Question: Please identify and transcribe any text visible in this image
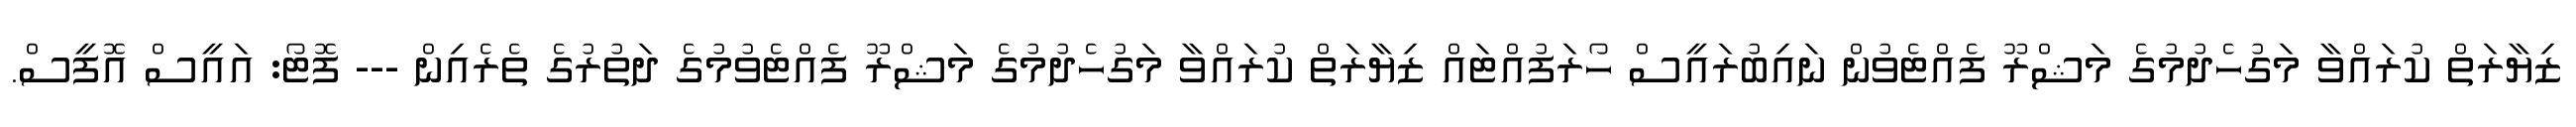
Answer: ޒިޔާރަތް ކުރައްވާ މަގުހެދުމުގެ މަޝްރޫ ފެއްޓެވުން ނައިބުރައީސް ހޯރަފުއްޓައް ޒިޔާރަތް ކުރައްވާ މަގުހެދުމުގެ މަޝްރޫ ފެއްޓެވުމުގެ ދަތުރުގެ ތެރެއިން --- ފޮޓޯ: އައީސް އޮފީސް.